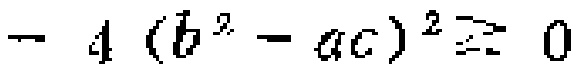
$-4 (b^{2} - ac)^{2} \geq 0$